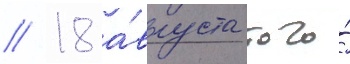
// 18 а́вгуста того́